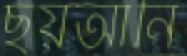
ছয়আনি